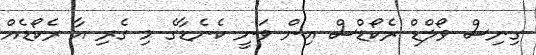
ގިނިސް ވޯލްޑް ރެކޯޑްސް އިން ވަނީ ކެނެޑާގެ މި ގެރި އާ ރެކޯޑެއް